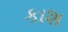
કાશ